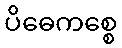
ပိဓေကစ္စေ